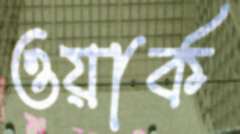
ওয়ার্ক